Leaving Certificate Examination (including Day School Certificate (Higher) General paper), 1927
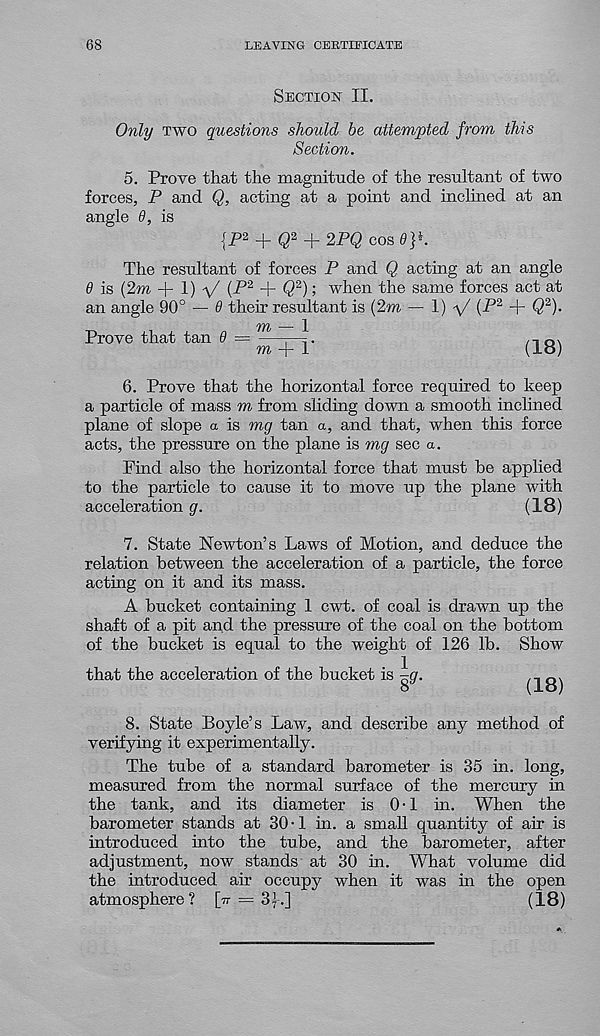
68
LEAVING CERTIFICATE
Section II.
Only two questions should be attempted from this
Section.
5. Prove that the magnitude of the resultant of two
forces, P and Q, acting at a point and inclined at an
angle 9, is
{P 2 + Q 2 + 2PQ cos
The resultant of forces P and Q acting at an angle
6 is (2m -\- \) -\/ (P 2 + Q 2 ); when the same forces act at
an angle 90° — 9 their resultant is (2m — 1) V (-P 2 + Q 2 )-
m — 1
m + 1‘
(18)
Prove that tan 9
6. Prove that the horizontal force required to keep
a particle of mass m from sliding down a smooth inclined
plane of slope a is mg tan a, and that, when this force
acts, the pressure on the plane is mg sec a.
Find also the horizontal force that must be applied
to the particle to cause it to move up the plane with
acceleration g.
(18)
7. State Newton’s Laws of Motion, and deduce the
relation between the acceleration of a particle, the force
acting on it and its mass.
A bucket containing 1 cwt. of coal is drawn up the
shaft of a pit and the pressure of the coal on the bottom
of the bucket is equal to the weight of 126 lb. Show
that the acceleration of the bucket is 8 y
(18)
8. State Boyle’s Law, and describe any method of
verifying it experimentally.
The tube of a standard barometer is 35 in. long,
measured from the normal surface of the mercury in
the tank, and its diameter is 0-1 in. When the
barometer stands at 30-1 in. a small quantity of air is
introduced into the tube, and the barometer, after
adjustment, now stands at 30 in. What volume did
the introduced air occupy when it was in the open
atmosphere? [tt = 3f.]
(18)